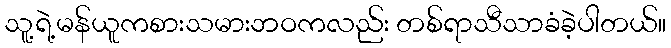
သူ့ရဲ့မန်ယူကစားသမားဘဝကလည်း တစ်ရာသီသာခံခဲ့ပါတယ်။